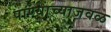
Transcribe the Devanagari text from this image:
पाण्याच्याजवळ